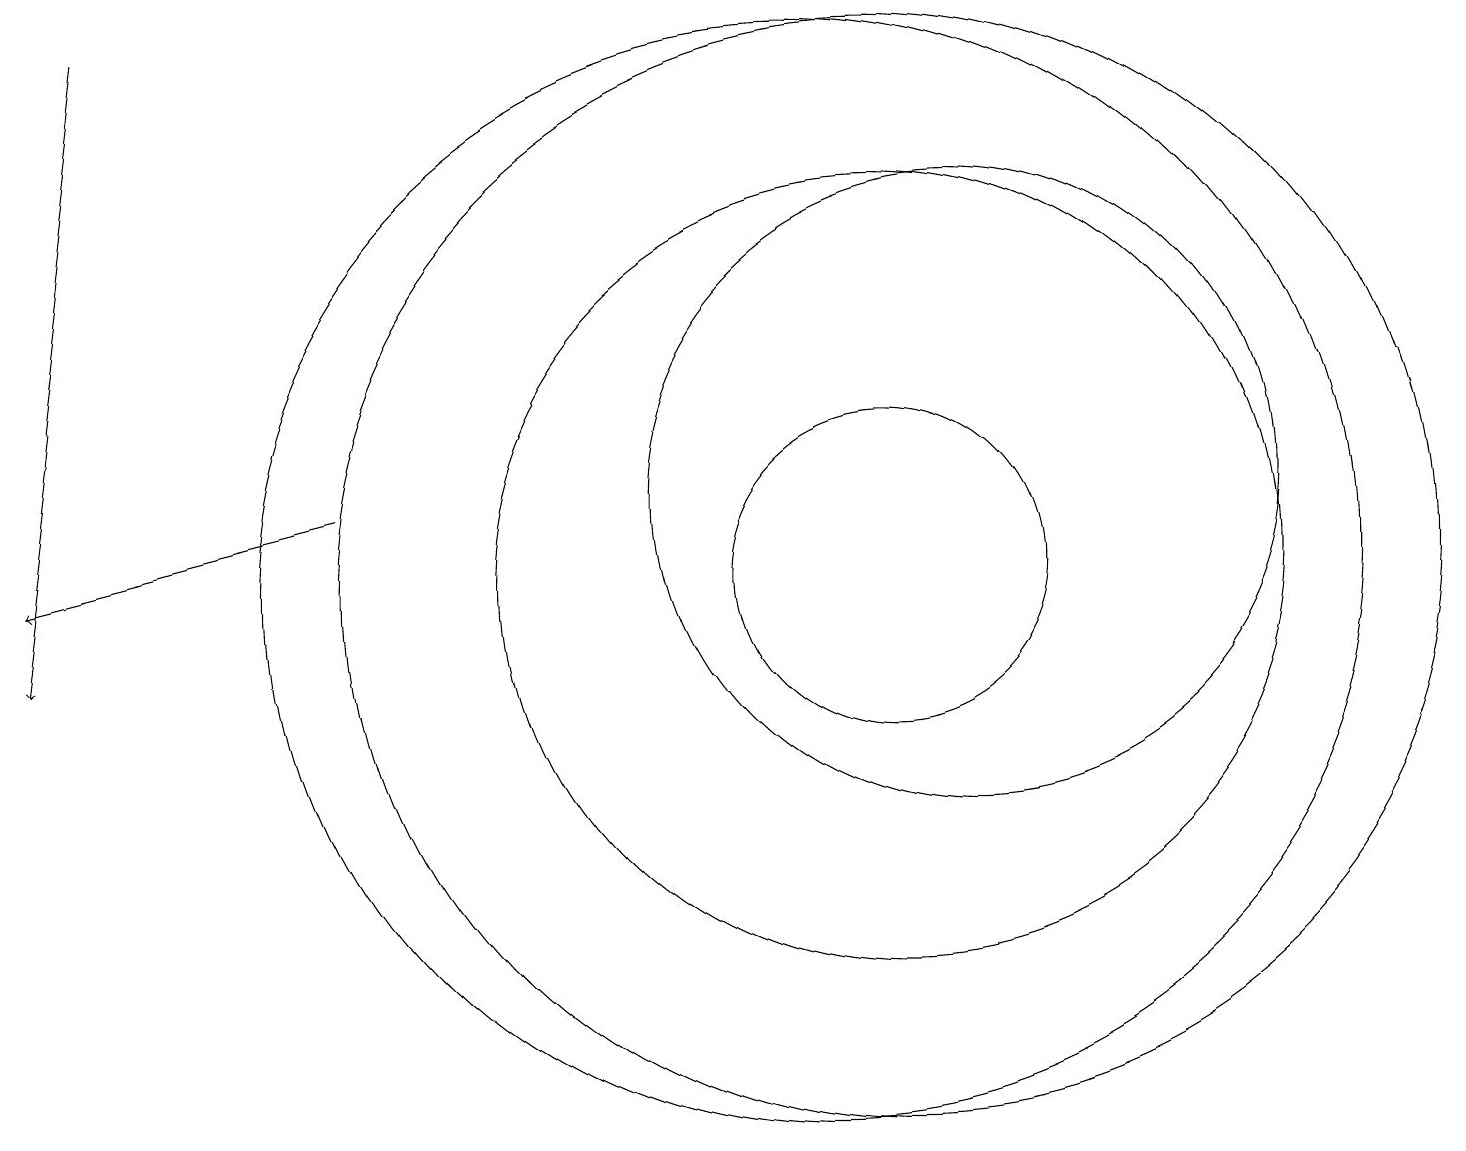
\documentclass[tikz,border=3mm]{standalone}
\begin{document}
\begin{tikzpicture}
\draw[->] (4,12) -- (0,11);
\draw (11,11) circle (5);
\draw[->] (1,18) -- (0,10);
\draw (10,11) circle (7);
\draw (12,12) circle (4);
\draw (11,11) circle (7);
\draw (11,11) circle (2);
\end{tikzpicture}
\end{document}